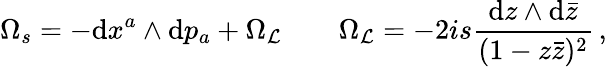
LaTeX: \Omega_{s}=-\mathrm{d}x^{a}\wedge\mathrm{d}p_{a}+\Omega_{\cal L}\qquad\Omega_{\cal L}=-2is\frac{\mathrm{d}z\wedge\mathrm{d}\bar{z}}{(1-z\bar{z})^{2}}\, ,